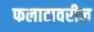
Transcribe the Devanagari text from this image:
फलाटावरील